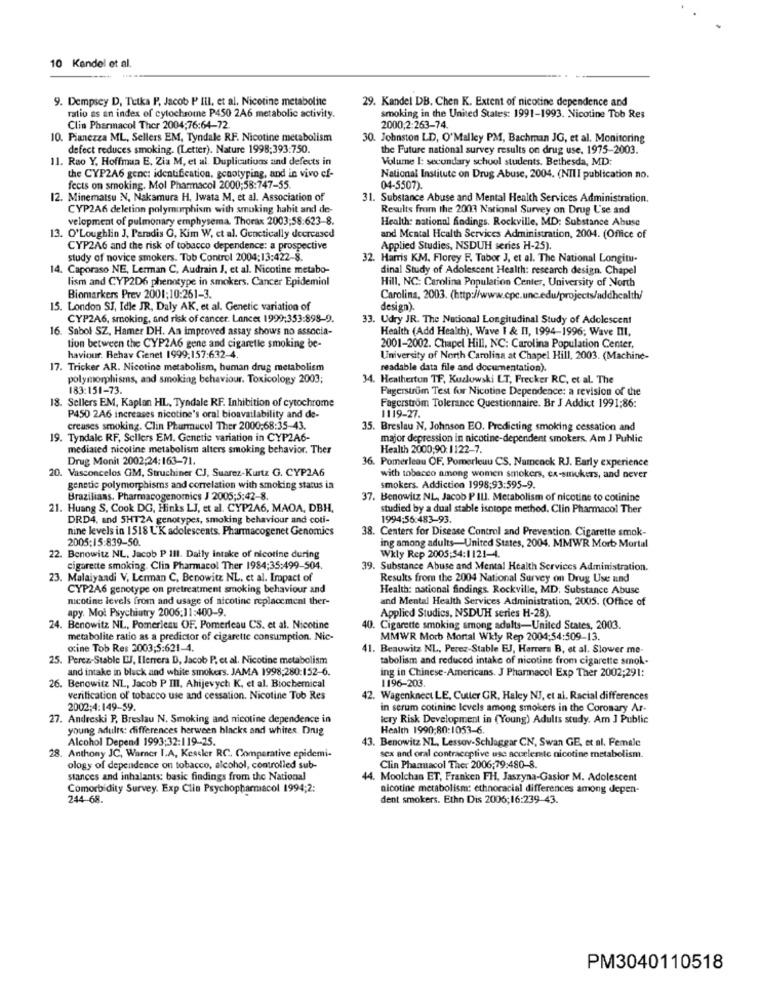
10 Kandel et al.
9. Dempsey D, Tetka P, Jacob P III, et al. Nicotine metabolite
29. Kandel DB. Chen K. Extent of nicotine dependence and
ratio as an index of cytochrome P450 2A6 metabolic activity.
smoking in the United States: 1991-1993. Nicotine Tob Res
Clin Pharmacol Ther 2004;76:64-72.
2000,2:263-74.
10. Pianezza ML, Sellers EM, Tyndale RF. Nicotine metabolism
30. Johnston LD, O'Malley PM, Bachman JG, et al. Monitoring
defect reduces smoking. (Letter). Nature 1998:393:750.
the Future national survey results on drug use. 1975-2003.
11. Rao Y. Hoffman E, Zia M, et al. Duplications and defects in
Volume I: secondary school students. Bethesda, MD:
the CYP2A6 genc: identification, genotyping, and in vivo ef-
National Institute on Drug Abuse, 2004. (NIII publication no.
fects on smoking. Mol Pharmacol 2000;58:747-55.
04-5507)
12. Minematsu N, Nakamura H, Iwata M, et al. Association of
31. Substance Abuse and Mental Health Services Administration.
CYP2A6 deletion polymorphism with smoking habit and de-
Results from the 2003 National Survey on Drug Use and
velopment of pulmonary emphysema. Thorax 2003:58:623-8.
Health: national findings. Rockville, MD: Substance Abuse
13. O'Loughlin J, Paradis O, Kim W, ct al. Genetically decreased
and Mental Health Services Administration, 2004. (Office of
CYP2A6 and the risk of tobacco dependence: a prospective
Applied Studies, NSDUH series H-25).
study of novice smokers. Tob Control 2004;13:422-8.
32. Harris KM. Florey F. Tabor J, et al. The National Longitu-
14. Caporaso NE, Lerman C, Audrain J, et al. Nicotine metabo-
dinal Study of Adolescent Health: research design. Chapel
lism and CYP2D6 phenotype in smokers. Cancer Epidemiol
Hill, NC: Carolina Population Center, University of North
Biomarkers Prev 2001:10:261-3.
Carolina, 2003. (http://www.cpc.unc.edu/projects/addhealth/
15. London SJ, Idle JR, Daly AK, et al. Genetic variation of
design).
CYP2A6, smoking, and risk of cancer. Lancet 1999:353:898-9.
33. Udry JR. The National Longitudinal Study of Adolescent
16. Sabol SZ, Hamer DH. An improved assay shows no associa-
Health (Add Health), Wave I & II, 1994-1996; Wave III.
tion between the CYP2A6 gene and cigarette smoking be-
2001-2002. Chapel Hill, NC: Carolina Population Center,
haviour. Behav Genet 1999.157:632-4.
University of North Carolina at Chapel Hill, 2003. (Machine-
17. Tricker AR. Nicotine metabolism, human drug metabolism
readable data file and documentation).
polymorphisms, and smoking behaviour. Toxicology 2003;
34. Heatherton TF, Kozlowski LT, Frecker RC, et al. The
183:151-73.
Fagerstrom Test for Nicotine Dependence: a revision of the
18. Sellers EM, Kaplan HL, Tyndale RF. Inhibition of cytochrome
Fagerstrom Tolerance Questionnaire. Br J Addict 1991:86:
P450 2A6 increases nicotine's oral bioavailability and de-
1119-27.
creases smoking. Clin Pharmacol Ther 2000;68:35-43.
35. Breslau N. Johnson EO. Predicting smoking cessation and
19. Tyndale RF, Sellers EM. Genetic variation in CYP2A6-
major depression in nicotine-dependent smokers. Am J Public
mediated nicotine metabolism alters smoking behavior. Ther
Health 2000;90: 1122-7.
Drug Monit 2002:24:163-71.
36. Pomerleau OF, Pomerleuu CS. Nameack RJ. Early experience
20. Vasconcelos GM, Struchiner CJ, Suarez-Kurtz G. CYP2A6
with tobacco among women smokers, ex-smokers, and never
genetic polymorphisms and correlation with smoking status in
smokers. Addiction 1998;93:595-9.
Brazilians. Pharmacogenomics J 2005;5:42-8.
37. Benowitz NL, Jacob P III. Metabolism of nicotine to cotinine
21. Huang S, Cook DG, Hinks LJ, et al. CYP2A6, MAOA, DBH.
studied by a dual stable isotope method. Clin Pharmacol Ther
DRD4, and SHT2A genotypes, smoking behaviour and coti-
1994:56:483-93.
nine levels in 1518 L'K adolescents. Pharmacogenet Genomics
38. Centers for Disease Control and Prevention. Cigarette smok-
2005:15:839-50
ing among adults-United States, 2004. MMWR Morb Mortal
22. Benowitz NL. Jacob P 111. Daily intake of nicotine during
Wkly Rep 2005:54:1121-4.
cigarette smoking. Clin Pharmacol Ther 1984:35:499-504.
39. Substance Abuse and Mental Health Services Administration.
23. Malaiyandi V, Lerman C, Benowitz NL, et al. Impact of
Results from the 2004 National Survey on Drug Use and
CYP2A6 genotype on pretreatment smoking behaviour and
Health: national findings. Rockville, MD; Substance Abuse
nicotine levels from and usage of nicotine replacement ther-
and Mental Health Services Administration, 2005. (Office of
apy. Mol Psychiatry 2006:11:400-9.
Applied Studies, NSDUH series H-28).
24. Benowitz NL, Pomerleau OF. Pomerleau CS. et al. Nicotine
0. Cigarette smoking among adults-United States, 2003.
metabolite ratio as a predictor of cigarette consumption. Nic-
MMWR Morb Mortal Wkly Rep 2004:54:509-13.
otine Tob Res 2003;5:621-4.
41. Beauwitz NL, Perez-Stable EJ, Herrera B, et al. Slower me-
25. Perez-Stable EJ, Ilerrera D, Jacob P. et al. Nicotine metabolism
tabolism and reduced intake of nicotine from cigarette smok-
and intake in black and white smokers. JAMA 1998;280:152-6.
ing in Chinese-Americans. J Pharmacol Exp Ther 2002;291:
26. Benowitz NL, Jacob P III, Ahijevych K, et al. Biochemical
1196-203
verification of tobacco use and cessation. Nicotine Tob Res
42. Wagenkneet LE, Cutter GR, Haley NJ, et al. Racial differences
2002;4:149-59.
in serum cotinine levels among smokers in the Coronary Ar-
27. Andreski P, Breslau N. Smoking and nicotine dependence in
tery Risk Development in (Young) Adults study. Am J Public
young adults: differences herween blacks and whites. Drug
Health 1990;80:1053-6.
Alcohol Depend 1993:32:119-25.
28. Anthony JC, Warner I.A, Kessler RC, Comparative epidemi-
43. Benowitz NL, Lessov-Schlaggar CN, Swan GE, et al. Female
sex and oral contraceptive use accelerate nicotine metabolism.
ology of dependence on tobacco, alcohol, controlled sub-
Clin Pharmacol Ther 2006;79:480-8.
stances and inhalants: basic findings from the National
44. Moolchan ET, Franken FH, Jaszyna-Gasior M. Adolescent
Comorbidity Survey. Exp Clin Psychopharmacol 1994;2:
nicotine metabolism: ethnoracial differences among depen-
244-68.
dent smokers. Ethn Dis 2006;16:239-43.
PM3040110518